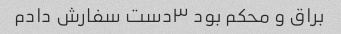
براق و محکم بود ۳دست سفارش دادم